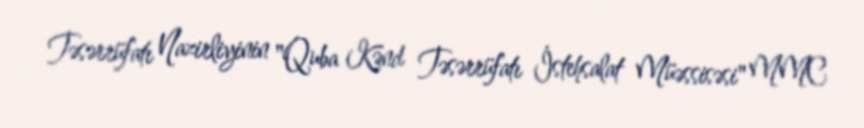
Təsərrüfatı Nazirliyinin "Quba Kənd Təsərrüfatı İstehsalat Müəssisəsi" MMC